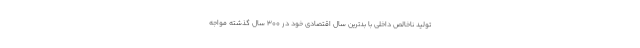
تولید ناخالص داخلی با بدترین سال اقتصادی خود در 300 سال گذشته مواجه